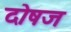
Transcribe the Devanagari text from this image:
दोषज